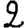
Digit: 2